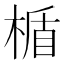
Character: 楯